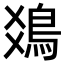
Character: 𩾾